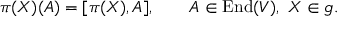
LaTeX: \pi ( X ) ( A ) = [ \pi ( X ) , A ] , \qquad A \in \operatorname { E n d } ( V ) , \ X \in { \mathfrak { g } } .